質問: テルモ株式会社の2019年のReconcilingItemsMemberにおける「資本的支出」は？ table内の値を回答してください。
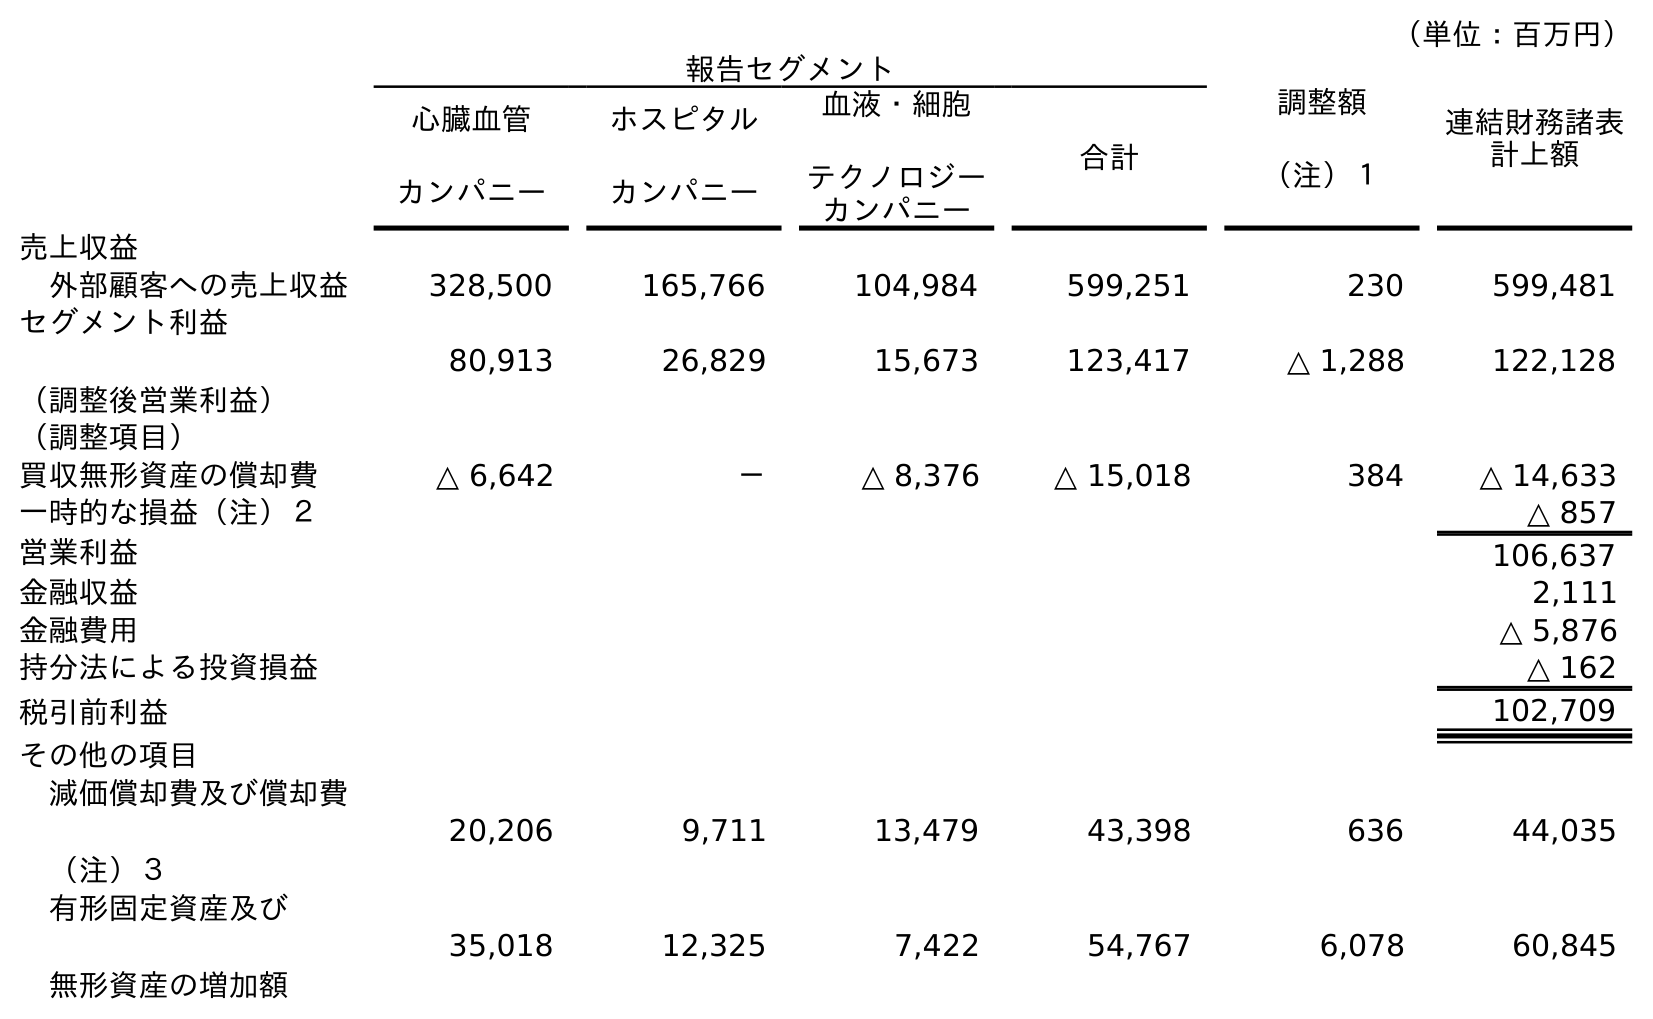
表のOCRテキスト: （単位：百万円） 報告セグメント 調整額 （注）１ 連結財務諸表 計上額 心臓血管 カンパニー ホスピタル カンパニー 血液・細胞 テクノロジー カンパニー 合計 売上収益 外部顧客への売上収益 328,500 165,766 104,984 599,251 230 599,481 セグメント利益 （調整後営業利益） 80,913 26,829 15,673 123,417 △ 1,288 122,128 （調整項目） 買収無形資産の償却費 △ 6,642 － △ 8,376 △ 15,018 384 △ 14,633 一時的な損益（注）２ △ 857 営業利益 106,637 金融収益 2,111 金融費用 △ 5,876 持分法による投資損益 △ 162 税引前利益 102,709 その他の項目 減価償却費及び償却費 （注）３ 20,206 9,711 13,479 43,398 636 44,035 有形固定資産及び 無形資産の増加額 35,018 12,325 7,422 54,767 6,078 60,845
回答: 6,078